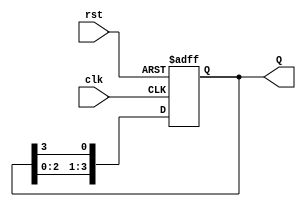
module ring_counter (
    input wire clk,      // Clock input
    input wire rst,      // Asynchronous reset
    output reg [3:0] Q   // 4-bit output representing the current state
);

// State transition logic
always @(posedge clk or posedge rst) begin
    if (rst) begin
        // Reset to State 0
        Q <= 4'b0001;
    end else begin
        // Shift the '1' bit to the left, wrapping around
        Q <= {Q[2:0], Q[3]};
    end
end

endmodule